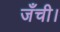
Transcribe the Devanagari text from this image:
जँची।